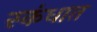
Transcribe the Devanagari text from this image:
स्कंधात